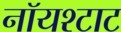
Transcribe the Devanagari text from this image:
नॉयश्टाट